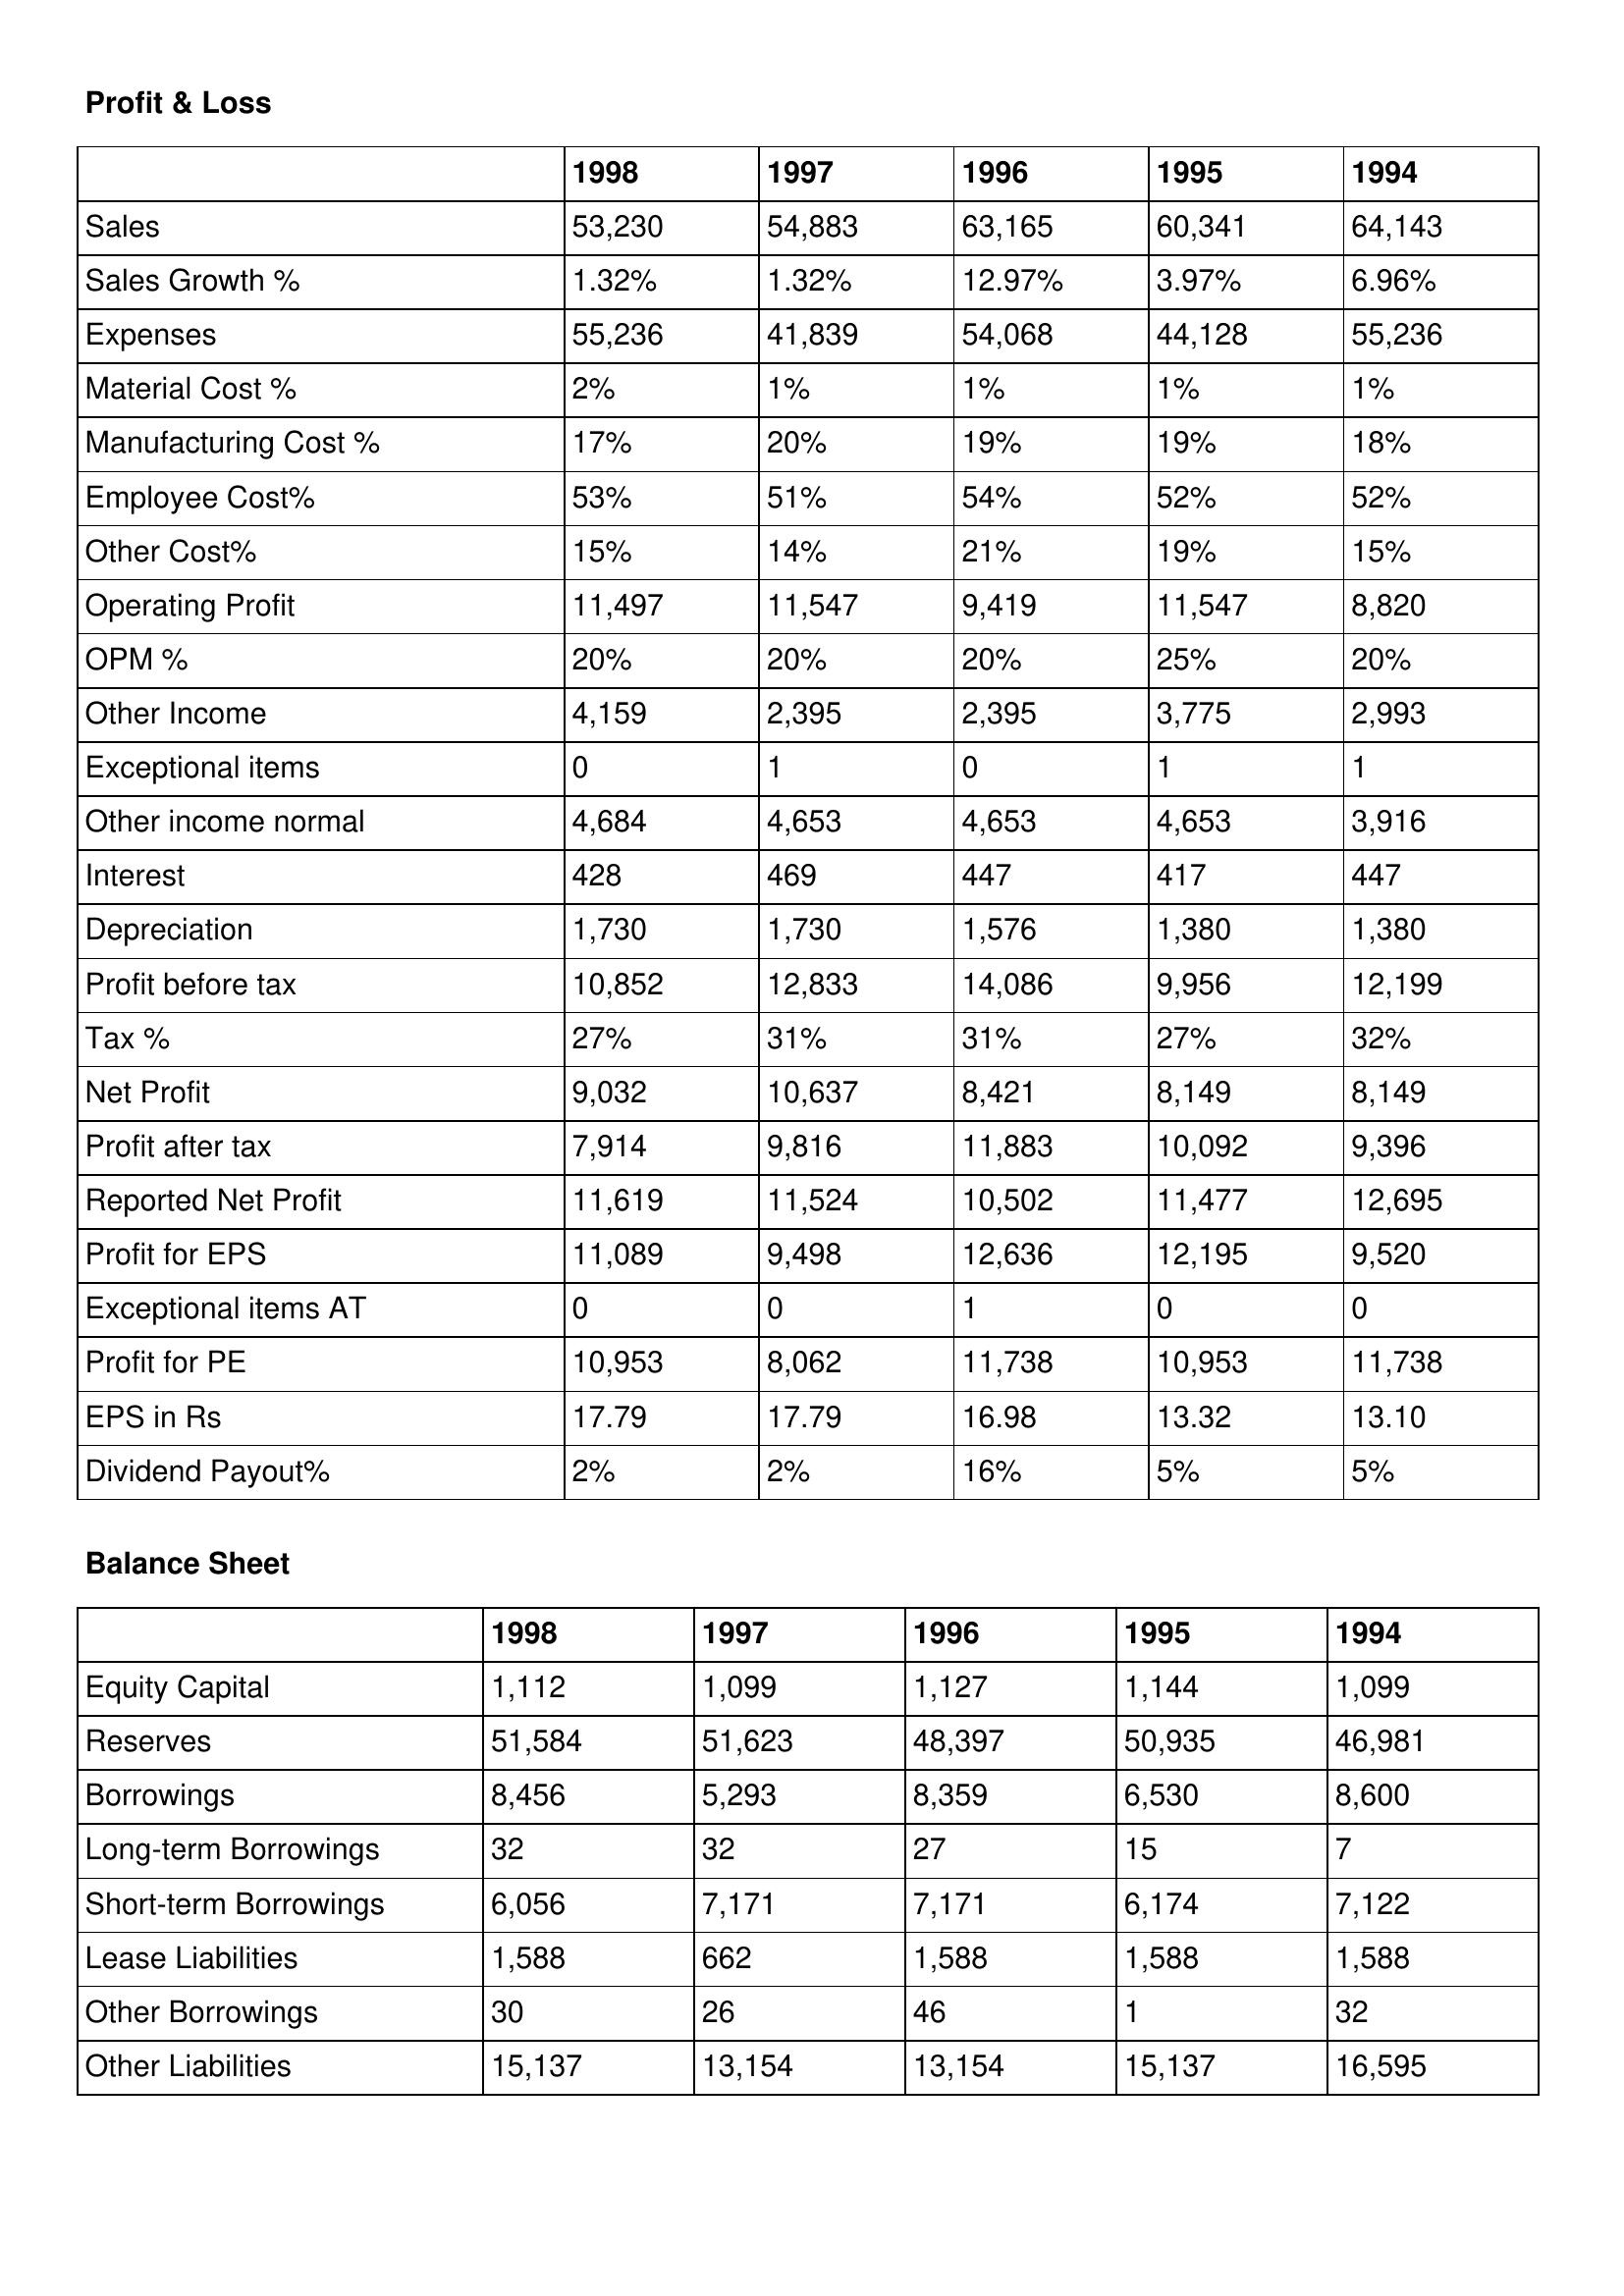
gt_parse: 1998: Profit & Loss: Sales: 53,230
Sales Growth %: 1.32%
Expenses: 55,236
Material Cost %: 2%
Manufacturing Cost %: 17%
Employee Cost%: 53%
Other Cost%: 15%
Operating Profit: 11,497
OPM %: 20%
Other Income: 4,159
Exceptional items: 0
Other income normal: 4,684
Interest: 428
Depreciation: 1,730
Profit before tax: 10,852
Tax %: 27%
Net Profit: 9,032
Profit after tax: 7,914
Reported Net Profit: 11,619
Profit for EPS: 11,089
Exceptional items AT: 0
Profit for PE: 10,953
EPS in Rs: 17.79
Dividend Payout%: 2%
Balance Sheet: Equity Capital: 1,112
Reserves: 51,584
Borrowings: 8,456
Long-term Borrowings: 32
Short-term Borrowings: 6,056
Lease Liabilities: 1,588
Other Borrowings: 30
Other Liabilities: 15,137
1997: Profit & Loss: Sales: 54,883
Sales Growth %: 1.32%
Expenses: 41,839
Material Cost %: 1%
Manufacturing Cost %: 20%
Employee Cost%: 51%
Other Cost%: 14%
Operating Profit: 11,547
OPM %: 20%
Other Income: 2,395
Exceptional items: 1
Other income normal: 4,653
Interest: 469
Depreciation: 1,730
Profit before tax: 12,833
Tax %: 31%
Net Profit: 10,637
Profit after tax: 9,816
Reported Net Profit: 11,524
Profit for EPS: 9,498
Exceptional items AT: 0
Profit for PE: 8,062
EPS in Rs: 17.79
Dividend Payout%: 2%
Balance Sheet: Equity Capital: 1,099
Reserves: 51,623
Borrowings: 5,293
Long-term Borrowings: 32
Short-term Borrowings: 7,171
Lease Liabilities: 662
Other Borrowings: 26
Other Liabilities: 13,154
1996: Profit & Loss: Sales: 63,165
Sales Growth %: 12.97%
Expenses: 54,068
Material Cost %: 1%
Manufacturing Cost %: 19%
Employee Cost%: 54%
Other Cost%: 21%
Operating Profit: 9,419
OPM %: 20%
Other Income: 2,395
Exceptional items: 0
Other income normal: 4,653
Interest: 447
Depreciation: 1,576
Profit before tax: 14,086
Tax %: 31%
Net Profit: 8,421
Profit after tax: 11,883
Reported Net Profit: 10,502
Profit for EPS: 12,636
Exceptional items AT: 1
Profit for PE: 11,738
EPS in Rs: 16.98
Dividend Payout%: 16%
Balance Sheet: Equity Capital: 1,127
Reserves: 48,397
Borrowings: 8,359
Long-term Borrowings: 27
Short-term Borrowings: 7,171
Lease Liabilities: 1,588
Other Borrowings: 46
Other Liabilities: 13,154
1995: Profit & Loss: Sales: 60,341
Sales Growth %: 3.97%
Expenses: 44,128
Material Cost %: 1%
Manufacturing Cost %: 19%
Employee Cost%: 52%
Other Cost%: 19%
Operating Profit: 11,547
OPM %: 25%
Other Income: 3,775
Exceptional items: 1
Other income normal: 4,653
Interest: 417
Depreciation: 1,380
Profit before tax: 9,956
Tax %: 27%
Net Profit: 8,149
Profit after tax: 10,092
Reported Net Profit: 11,477
Profit for EPS: 12,195
Exceptional items AT: 0
Profit for PE: 10,953
EPS in Rs: 13.32
Dividend Payout%: 5%
Balance Sheet: Equity Capital: 1,144
Reserves: 50,935
Borrowings: 6,530
Long-term Borrowings: 15
Short-term Borrowings: 6,174
Lease Liabilities: 1,588
Other Borrowings: 1
Other Liabilities: 15,137
1994: Profit & Loss: Sales: 64,143
Sales Growth %: 6.96%
Expenses: 55,236
Material Cost %: 1%
Manufacturing Cost %: 18%
Employee Cost%: 52%
Other Cost%: 15%
Operating Profit: 8,820
OPM %: 20%
Other Income: 2,993
Exceptional items: 1
Other income normal: 3,916
Interest: 447
Depreciation: 1,380
Profit before tax: 12,199
Tax %: 32%
Net Profit: 8,149
Profit after tax: 9,396
Reported Net Profit: 12,695
Profit for EPS: 9,520
Exceptional items AT: 0
Profit for PE: 11,738
EPS in Rs: 13.10
Dividend Payout%: 5%
Balance Sheet: Equity Capital: 1,099
Reserves: 46,981
Borrowings: 8,600
Long-term Borrowings: 7
Short-term Borrowings: 7,122
Lease Liabilities: 1,588
Other Borrowings: 32
Other Liabilities: 16,595